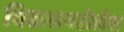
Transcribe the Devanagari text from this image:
विद्यानगरीतील